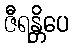
ဇီရန္တိပေ